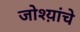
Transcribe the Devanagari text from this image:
जोश्य़ांचे